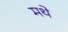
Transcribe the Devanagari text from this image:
मथे